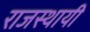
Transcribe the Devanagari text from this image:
राजस्थायी